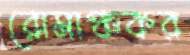
রোমাঞ্চকর